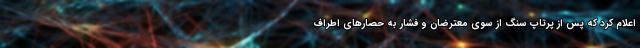
اعلام کرد که پس از پرتاپ سنگ از سوی معترضان و فشار به حصارهای اطراف